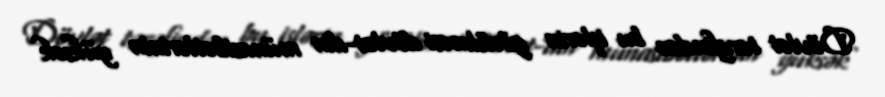
Dövlət tərəfindən bu işlərin görülməsi dövlət-din münasibətlərinin yüksək